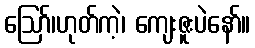
ဪ၊ဟုတ်ကဲ့၊ ကျေးဇူးပဲနော်။